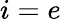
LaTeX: i=e